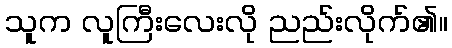
သူက လူကြီးလေးလို ညည်းလိုက်၏။